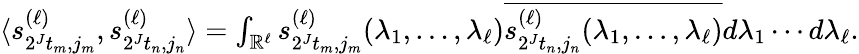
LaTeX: \begin{array}{r}{\langle s_{2^{J}t_{m},j_{m}}^{(\ell)},s_{2^{J}t_{n},j_{n}}^{(\ell)}\rangle=\int_{\mathbb{R}^{\ell}}s_{2^{J}t_{m},j_{m}}^{(\ell)}(\lambda_{1},\ldots,\lambda_{\ell})\overline{{s_{2^{J}t_{n},j_{n}}^{(\ell)}(\lambda_{1},\ldots,\lambda_{\ell})}}d\lambda_{1}\cdots d\lambda_{\ell}.}\end{array}